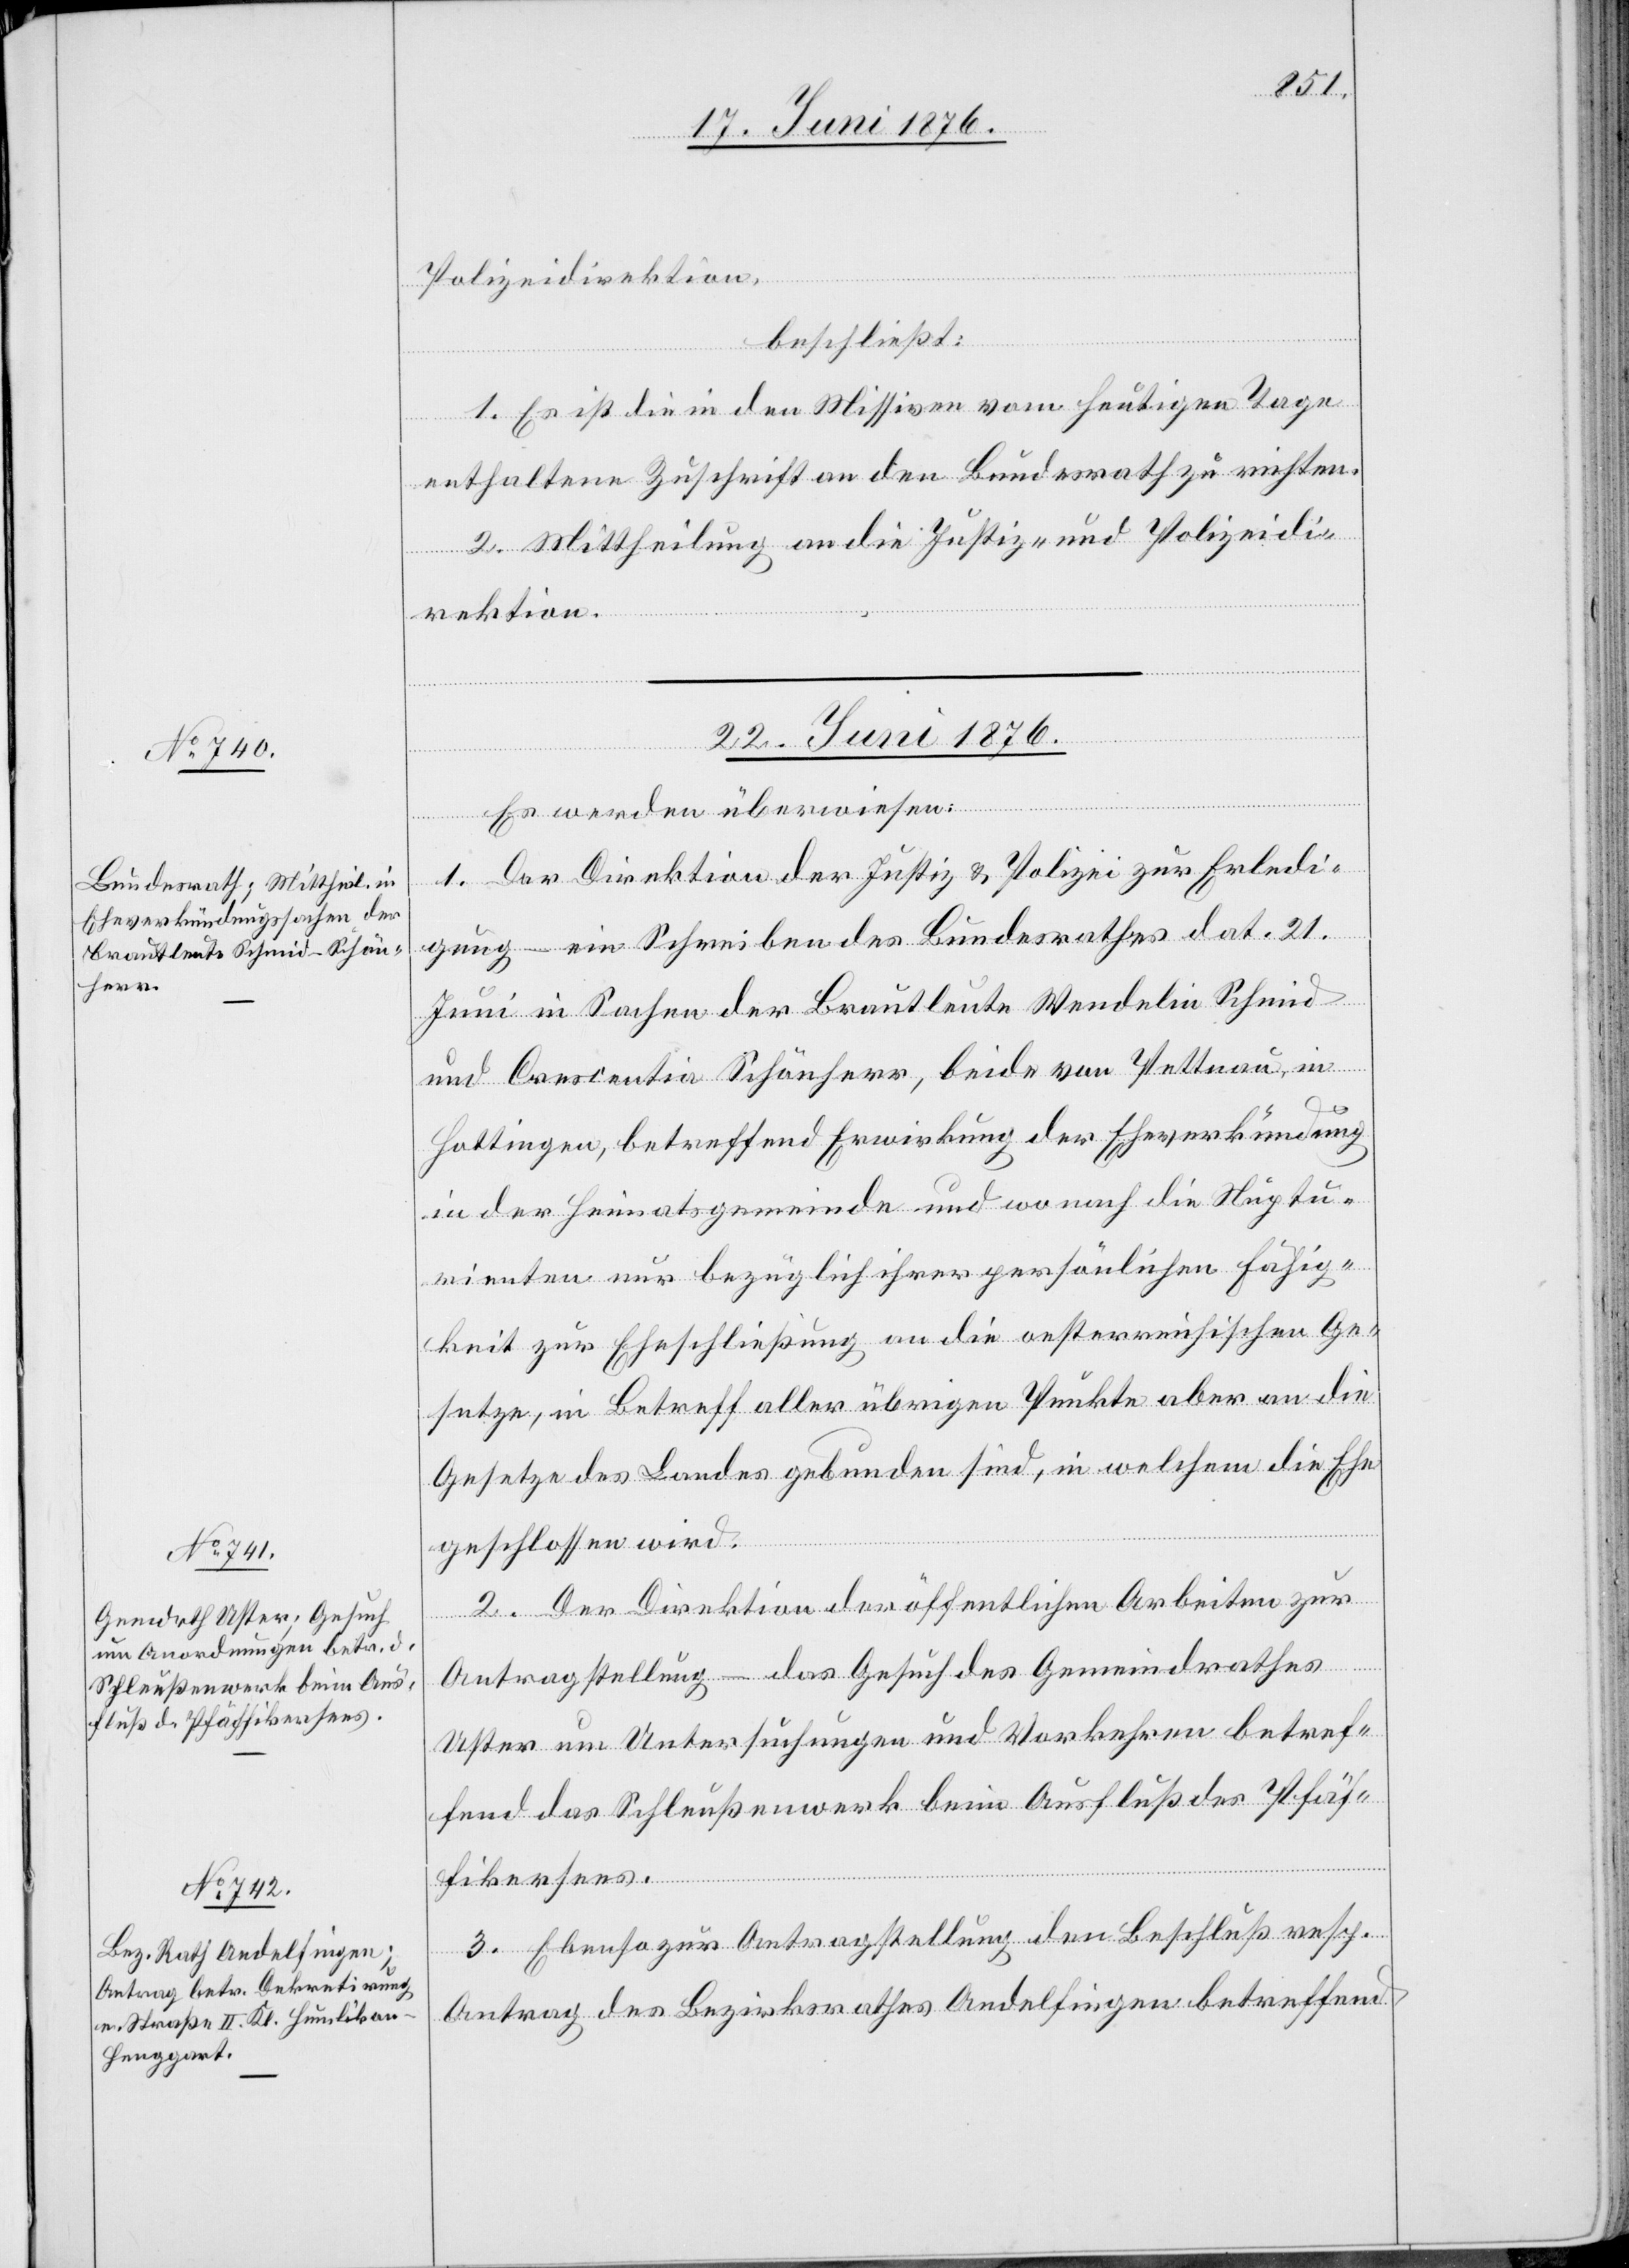
Polizeidirektion,
beschließt:
1. Es ist die in den Missiven vom heutigen Tage
enthaltene Zuschrift an den Bundesrath zu richten.
2. Mittheilung an die Justiz- und Polizeidi¬
rektion.
22. Juni 1876.]
Es werden überwiesen:
1. Der Direktion der Justiz & Polizei zur Erledi¬
gung – ein Schreiben des Bundesrathes dat. 21.
Juni in Sachen der Brautleute Wendelin Schmid
und Constantia Schönherr, beide von Pettnau, in
Hottingen, betreffend Erwirkung der Eheverkündung
in der Heimatsgemeinde und wonach die Nuptu¬
rienten nur bezüglich ihrer persönlichen Fähig¬
keit zur Eheschließung an die oesterreichischen Ge¬
setze, in Betreff aller übrigen Punkte aber an die
Gesetze des Landes gebunden sind, in welchem die Ehe
geschlossen wird.
2. Der Direktion der öffentlichen Arbeiten zur
Antragstellung – das Gesuch des Gemeindrathes
Uster um Untersuchungen und Vorkehren betref¬
fend das Schleußenwerk beim Ausfluß des Pfäf¬
fikersees.
3. Ebenso zur Antragstellung den Beschluß resp.
Antrag des Bezirksrathes Andelfingen betreffend